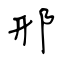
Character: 邢